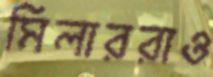
মিলাররাও